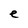
Character: e